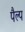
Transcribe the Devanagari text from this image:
पैल्प